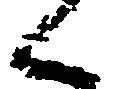
く